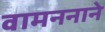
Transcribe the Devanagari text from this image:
वामननाने